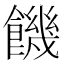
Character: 饑